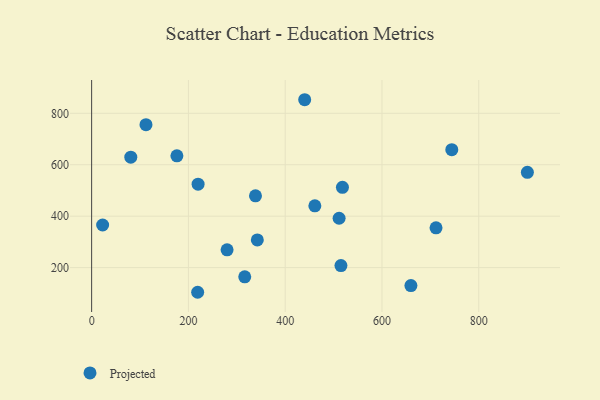
{"axis": {"x": "Investment", "y": "Fuel Efficiency"}, "legend": ["Projected"], "data": [{"x": "112.3", "y": 755.9, "type": "Projected"}, {"x": "659.8", "y": 130.1, "type": "Projected"}, {"x": "515.2", "y": 207.9, "type": "Projected"}, {"x": "511.4", "y": 391.9, "type": "Projected"}, {"x": "440.3", "y": 852.8, "type": "Projected"}, {"x": "518.3", "y": 512.1, "type": "Projected"}, {"x": "338.6", "y": 479.3, "type": "Projected"}, {"x": "219.1", "y": 104.1, "type": "Projected"}, {"x": "316.4", "y": 164.0, "type": "Projected"}, {"x": "744.3", "y": 658.6, "type": "Projected"}, {"x": "220.0", "y": 524.4, "type": "Projected"}, {"x": "80.9", "y": 629.3, "type": "Projected"}, {"x": "342.4", "y": 307.7, "type": "Projected"}, {"x": "176.2", "y": 634.5, "type": "Projected"}, {"x": "711.7", "y": 354.7, "type": "Projected"}, {"x": "461.3", "y": 440.1, "type": "Projected"}, {"x": "900.5", "y": 570.5, "type": "Projected"}, {"x": "279.9", "y": 269.2, "type": "Projected"}, {"x": "22.7", "y": 365.7, "type": "Projected"}]}